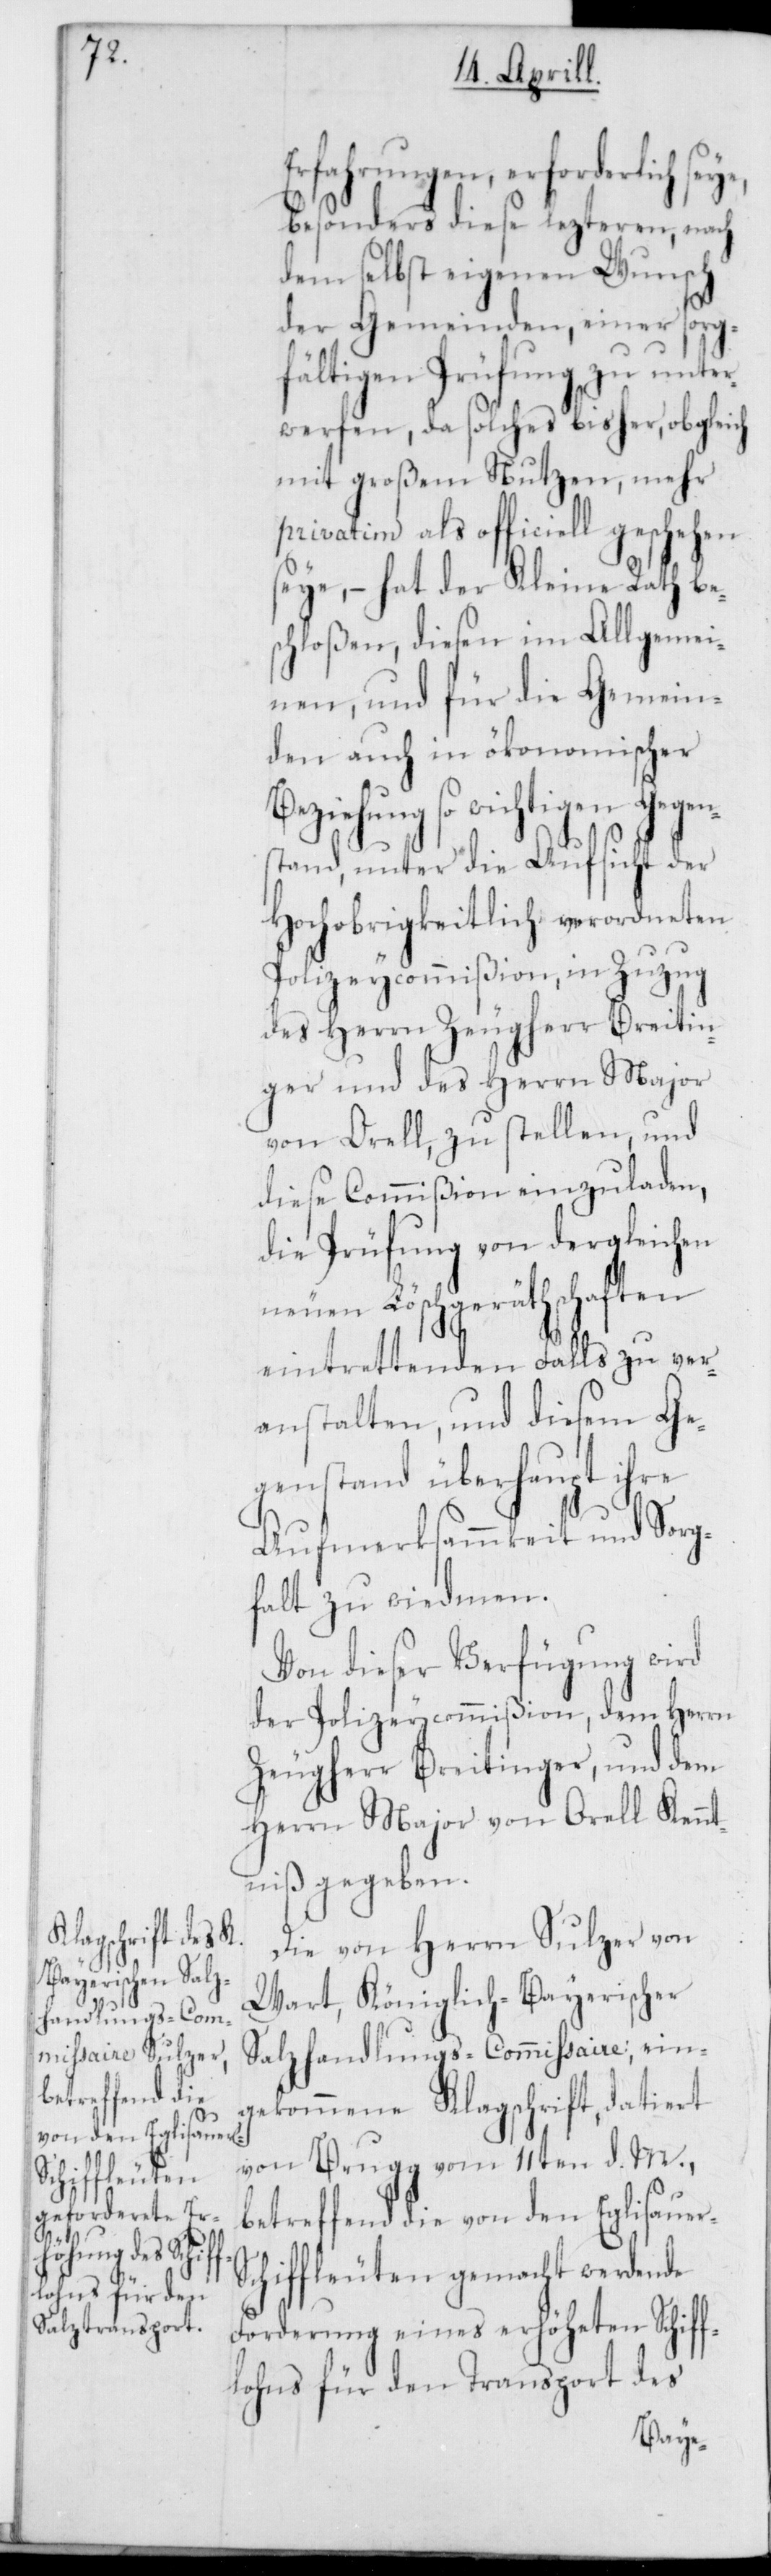
betreffend die
von den Eglisauer-S¬
e,

Erfahrungen, erforderlich sey¬
besonders diese lezteren, nach
dem delbst eigenen Wunsch
der Gemeinden, einer sorg¬
fältigen Prüfung zu unter¬
werfen, da solches bisher, obgleich
mit großem Nutzen, mehr
privatim als officiell geschehen
seye, – hat der Kleine Rath be¬
schloßen, diesen im Allgemei¬
nen, und für die Gemein¬
den auch in ökonomischer
Beziehung so wichtigen Gegen¬
stand, unter die Aufsicht der
Hochobrigkeitlich verordneten
Polizeycommißion, in Zuzug
des Herrn Zeugherr Breitin¬
ger und des Herrn Major
von Orell zu stellen, und
diese Commißion einzuladen,
die Prüfung von dergleichen
neuen Löschgeräthschaften
eintrettenden Falls zu ver¬
anstalten, und diesem Ge¬
genstand überhaupt ihre
Aufmerksammkeit und Sorg¬
falt zu wiedmen.
Von dieser Verfügung wird
der Polizeycommißion, dem Herrn
Zeugherr Breitinger und dem
Herrn Major von Orell Kennt¬
niß gegeben.
Die von Herrn Sulzer von
Wart, Königlich-Bayerischer
Salzhandlungs-Commissaire, ein¬
gekommene Klagschrift, datiert
von Brugg vom 11ten d. M.,
chiffleuten gemacht werdende
Forderung eines erhöheten Schif¬
flohns für den Transport des